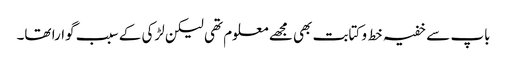
باپ سے خفیہ خط و کتابت بھی مجھے معلوم تھی لیکن لڑکی کے سبب گوارا تھا۔